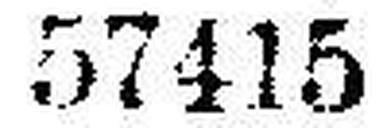
57415